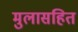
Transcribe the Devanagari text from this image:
मुलासहित